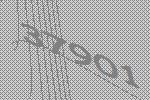
37901